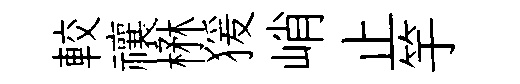
較禳楙猨峭止竽